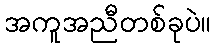
အကူအညီတစ်ခုပဲ။